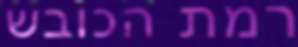
רמת הכובש